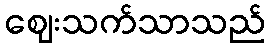
ဈေးသက်သာသည်